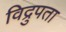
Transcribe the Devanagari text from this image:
विद्रुपता